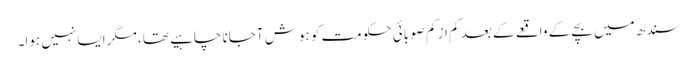
سندھ میں بچے کے واقعے کے بعد کم از کم صوبائی حکومت کو ہوش آجانا چاہیے تھا ،مگر ایسا نہیں ہوا۔